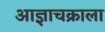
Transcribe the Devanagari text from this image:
आज्ञाचक्राला